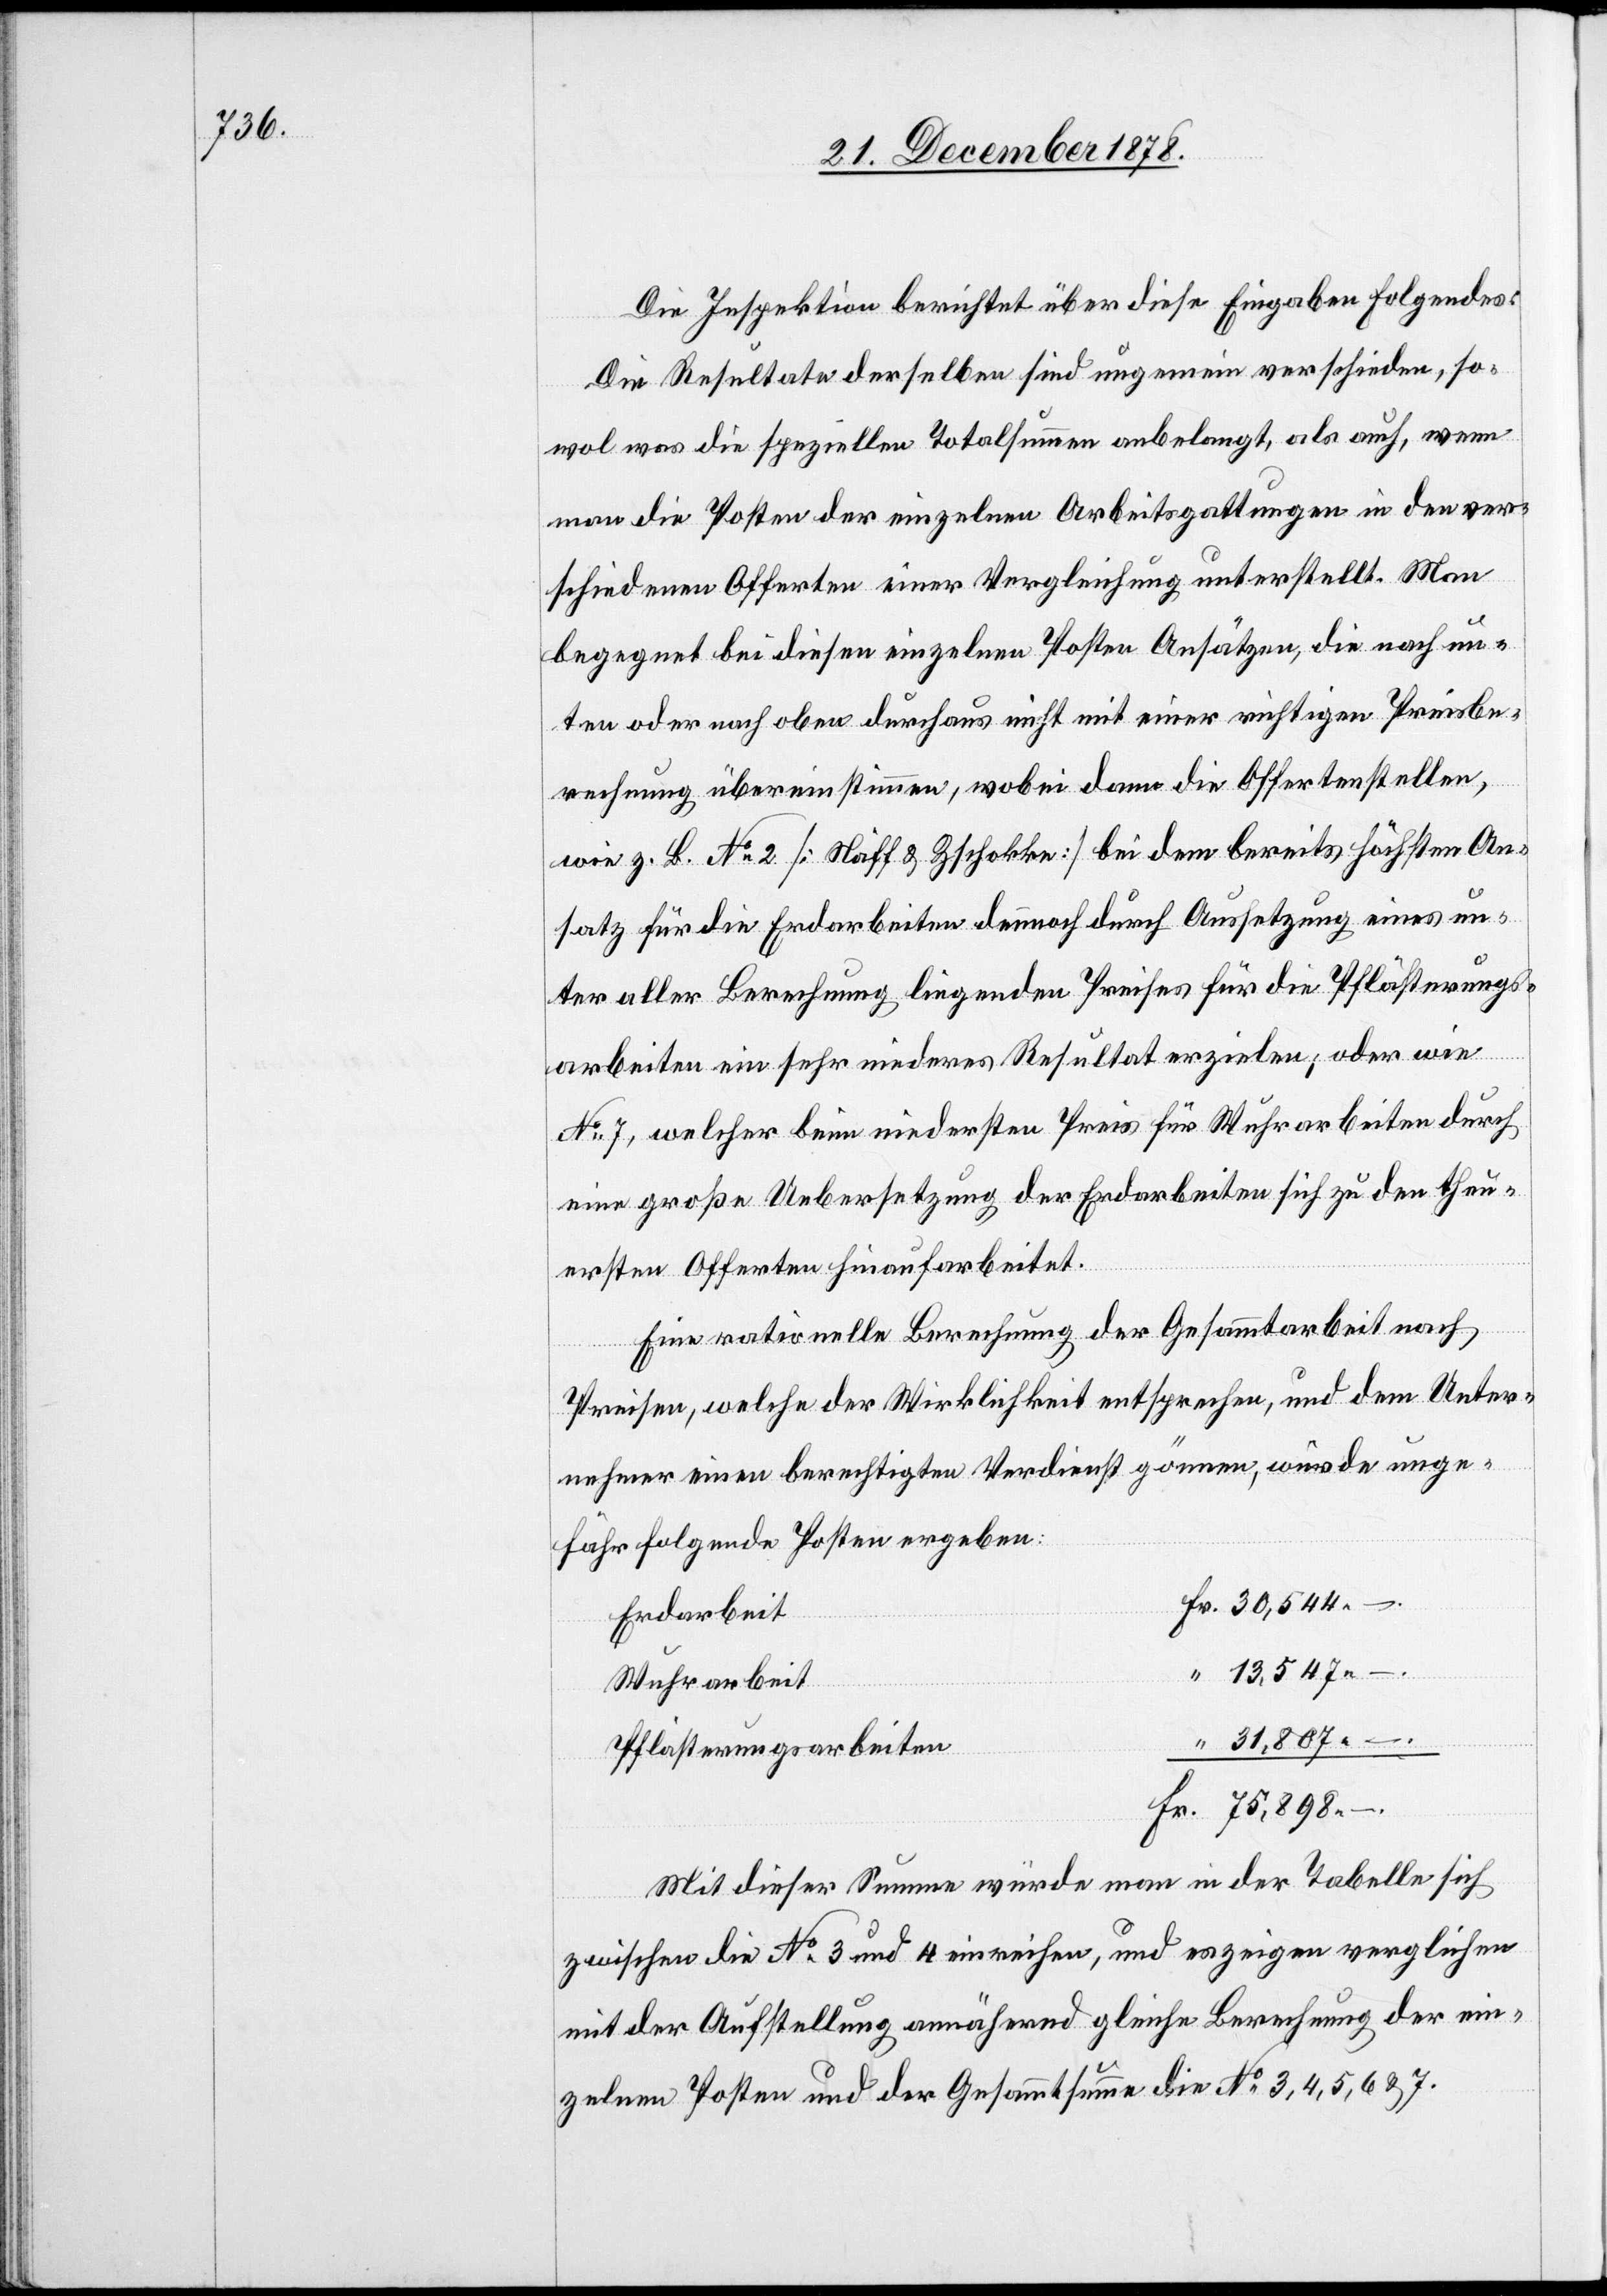
Die Inspektion berichtet über diese Eingaben folgendes:
Die Resultate derselben sind ungemein verschieden, so¬
wol was die speziellen Totalsummen anbelangt, als auch, wenn
man die Posten der einzelnen Arbeitsgattungen in den ver¬
schiedenen Offerten einer Vergleichung unterstellt. Man
begegnet bei diesen einzelnen Posten Ansätzen, die nach un¬
ten oder nach oben durchaus nicht mit einer richtigen Preisbe¬
rechnung übereinstimmen; wobei dann die Offertenstellen,
wie z. B. No 2 [Näff & Zschokke] bei dem bereits höchsten An¬
satz für die Erdarbeiten dennoch durch Aussetzung eines un¬
ter aller Berechnung liegenden Preises für die Pflästerungs¬
arbeiten ein sehr niederes Resultat erzielen; oder wie
No 7, welcher beim niedersten Preis für Wuhrarbeiten durch
eine große Uebersetzung der Erdarbeiten sich zu den theu¬
ersten Offerten hinaufarbeitet.
Eine rationelle Berechnung der Gesammtarbeit nach
Preisen, welche der Wirklichkeit entsprechen, und dem Unter¬
nehmer einen berechtigten Verdienst gönnen, würde unge¬
fähr folgende Posten ergeben:
Erdarbeit
Wuhrarbeit
31,807 –.
Pflästerungsarbeiten
Mit dieser Summe würde man in der Tabelle sich
zwischen die No 3 und 4 einreihen, und es zeigen verglichen
mit der Aufstellung annähernd gleiche Berechnung der ein¬
zelnen Posten und der Gesammtsumme die No 3, 4, 5, 6 & 7.